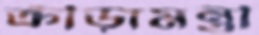
ক্রীড়ামন্ত্রী